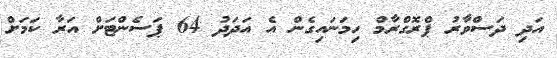
އަދި ދަސްވާރު ޕްރޮގްރާމް ހިމަނައިގެން އެ އަދަދު 64 ޕަސެންޓަށް އަރާ ކަމަށް